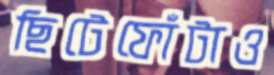
ছিটেফোঁটাও